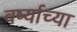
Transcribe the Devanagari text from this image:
वर्ष्याच्या